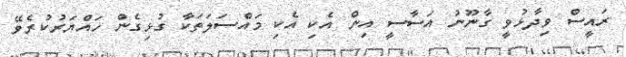
ރައީސް ވިދާޅުވީ ގާނޫނު އަސާސީ އިން އެކި އެކި މައްސަލަތަކާ ގުޅިގެން ހައްޔަރުކުރެވޭ